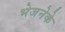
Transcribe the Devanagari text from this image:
भेजनेके